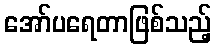
အော်ပရေတာဖြစ်သည့်